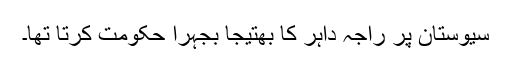
سیوستان پر راجہ داہر کا بھتیجا بجہرا حکومت کرتا تھا۔